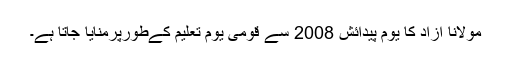
مولانا آزاد کا یوم پیدائش 2008 سے قومی یوم تعلیم کےطورپرمنایا جاتا ہے۔